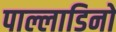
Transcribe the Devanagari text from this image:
पाल्लाडिनो